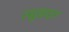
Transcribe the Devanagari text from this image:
रसूख़दार